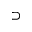
\supset